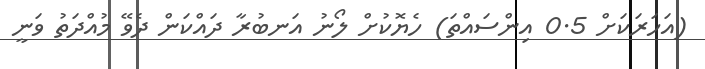
(އަހަރަކަށް 0.5 އިންސައްތަ) ހެޔޮކުށް ލޯނު އަނބުރާ ދައްކަން ދެވޭ މުއްދަތު ވަނީ